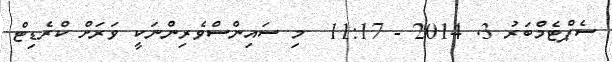
ސެޕްޓެމްބަރު 3